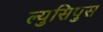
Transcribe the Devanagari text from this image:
ल्युसिपुस